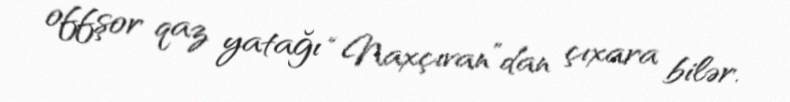
offşor qaz yatağı “Naxçıvan”dan çıxara bilər.